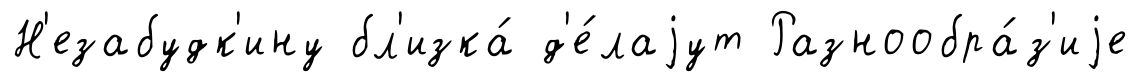
Н'езабудк'ину бл'изка́ д'е́лаjут Разнообра́з'иjе